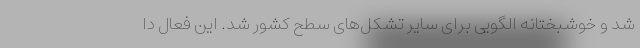
شد و خوشبختانه الگویی برای سایر تشکل‌های سطح کشور شد. این فعال دا